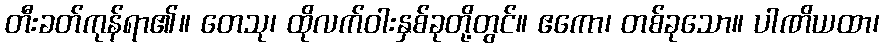
တီးခတ်ကုန်ရာ၏။ တေသု၊ ထိုလက်ဝါးနှစ်ခုတို့တွင်။ ဧကော၊ တစ်ခုသော။ ပါဏိယထာ၊